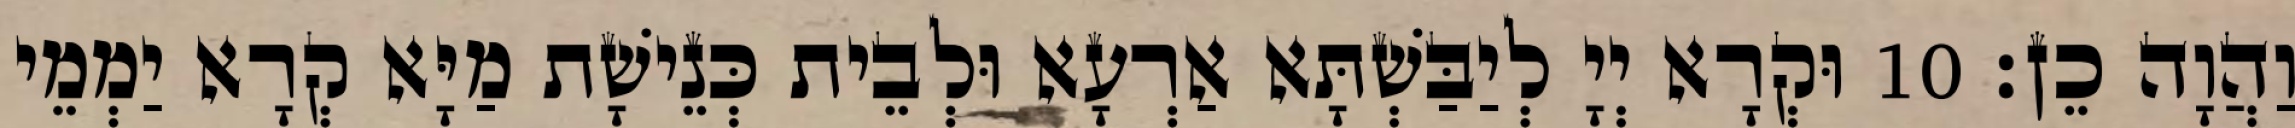
וַהֲוָה כֵן׃ 10 וּקְרָא יְיָ לְיַבַּשְׁתָּא אַרְעָא וּלְבֵית כְּנֵישָׁת מַיָּא קְרָא יַמְמֵי